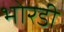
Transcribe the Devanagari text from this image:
भोरडी